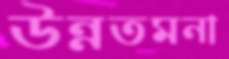
উন্নতমনা